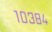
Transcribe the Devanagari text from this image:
१०३८४